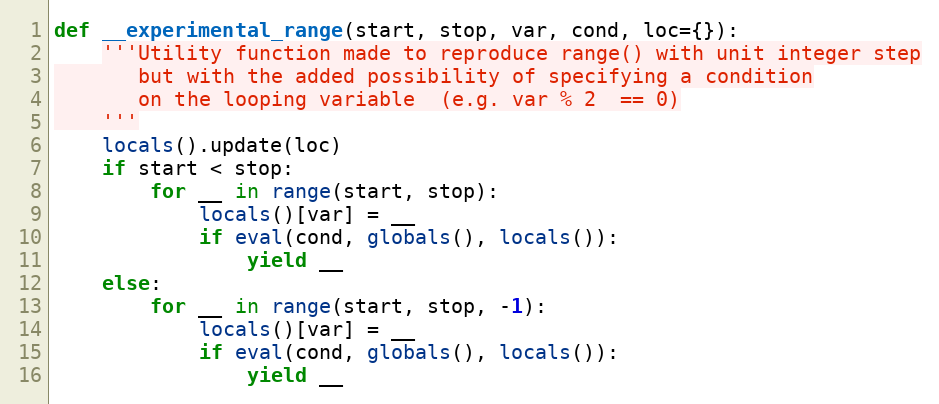
Language: Python
def __experimental_range(start, stop, var, cond, loc={}):
    '''Utility function made to reproduce range() with unit integer step
       but with the added possibility of specifying a condition
       on the looping variable  (e.g. var % 2  == 0)
    '''
    locals().update(loc)
    if start < stop:
        for __ in range(start, stop):
            locals()[var] = __
            if eval(cond, globals(), locals()):
                yield __
    else:
        for __ in range(start, stop, -1):
            locals()[var] = __
            if eval(cond, globals(), locals()):
                yield __